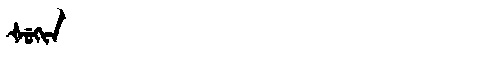
Manchu: ᡧᡠᡴᡳᠨ
Romanization: ŠUKIN